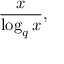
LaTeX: { \frac { x } { \log _ { q } x } } ,